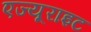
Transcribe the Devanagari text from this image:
एज्यूराइट